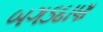
બગડદાણ